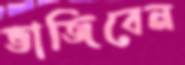
ভাজিবেন